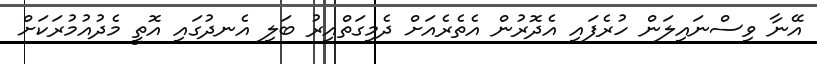
އޭނާ ވިސްނައިލަން ހުރެފައި އެދޮރުން އެތެރެއަށް ދެމިގަތްއިރު ބަލި އެނދުގައި އޮތީ މެދުއުމުރަކަށް